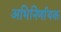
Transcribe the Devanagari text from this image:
अभिनिर्णायक